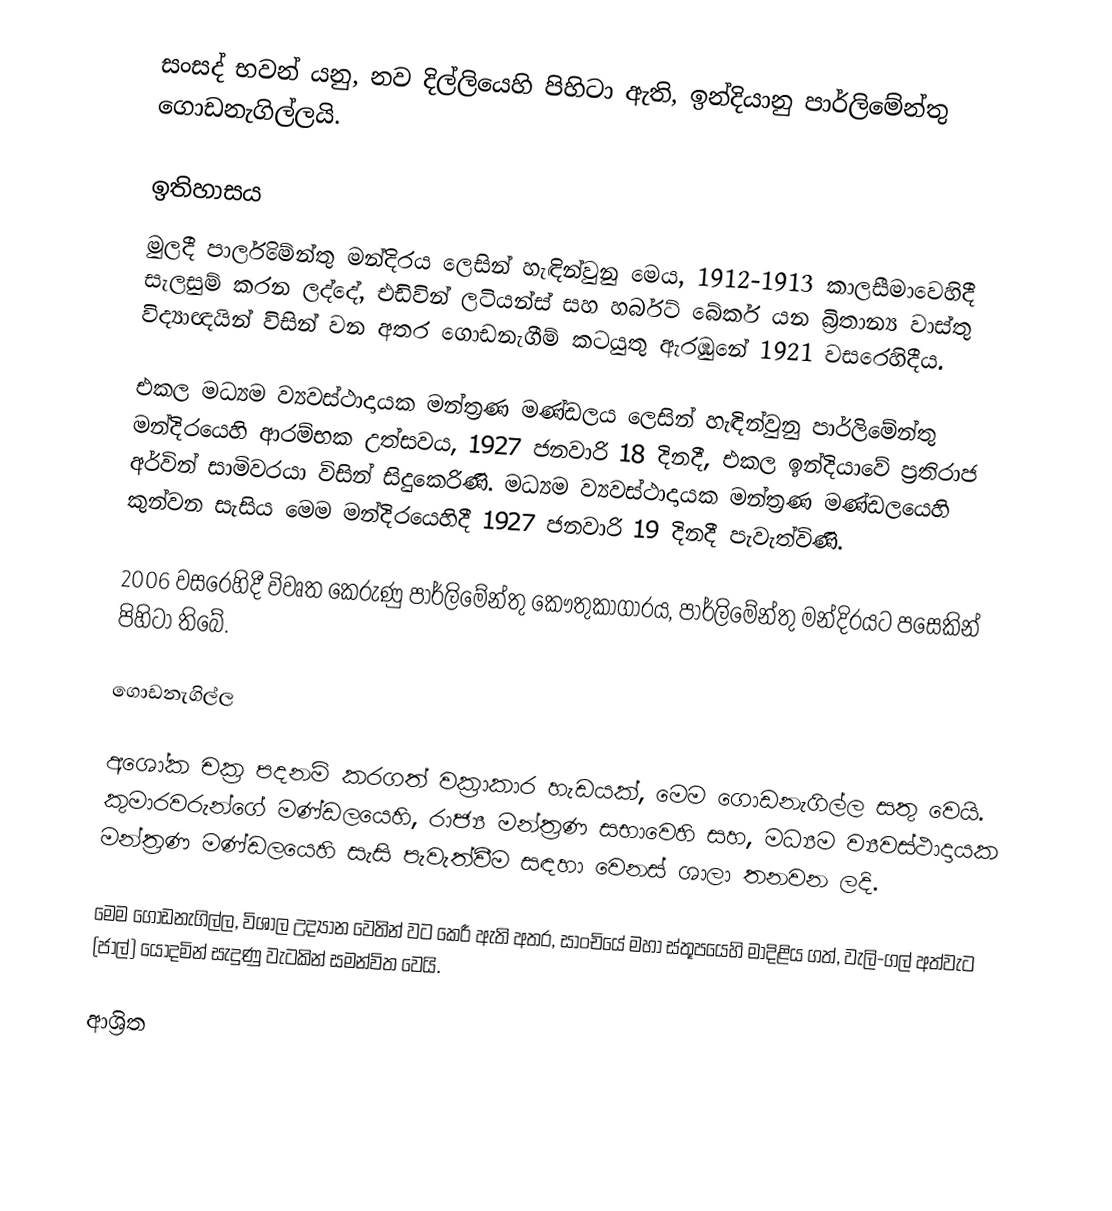
සංසද් භවන් යනු,  නව දිල්ලියෙහි පිහිටා ඇති, ඉන්දියානු පාර්ලිමේන්තු ගොඩනැගිල්ලයි.

ඉතිහාසය
මුලදී  පාර්ලිමේන්තු මන්දිරය ලෙසින් හැඳින්වුනු මෙය,  1912-1913 කාලසීමාවෙහිදී  සැලසුම් කරන ලද්දේ, එඩිවින් ලටියන්ස් සහ හර්බට් බේකර් යන බ්‍රිතාන්‍ය වාස්තු විද්‍යාඥයින් විසින් වන අතර ගොඩනැගීම් කටයුතු ඇරඹුනේ  1921 වසරෙහිදීය.

එකල මධ්‍යම ව්‍යවස්ථාදායක මන්ත්‍රණ මණ්ඩලය ලෙසින් හැඳින්වුනු පාර්ලිමේන්තු  මන්දිරයෙහි ආරම්භක උත්සවය, 1927 ජනවාරි 18 දිනදී, එකල ඉන්දියාවේ ප්‍රතිරාජ අර්වින් සාමිවරයා විසින් සිදුකෙරිණි. මධ්‍යම ව්‍යවස්ථාදායක මන්ත්‍රණ මණ්ඩලයෙහි කුන්වන සැසිය මෙම මන්දිරයෙහිදී  1927 ජනවාරි 19 දිනදී පැවැත්විණි.

2006 වසරෙහිදී විවෘත කෙරුණු පාර්ලිමේන්තු කෞතුකාගාරය, පාර්ලිමේන්තු මන්දිරයට පසෙකින් පිහිටා තිබේ.

ගොඩනැගිල්ල

අශෝක චක්‍ර පදනම් කරගත් වක්‍රාකාර හැඩයක්, මෙම ගොඩනැගිල්ල සතු වෙයි.  කුමාරවරුන්ගේ මණ්ඩලයෙහි,  රාජ්‍ය මන්ත්‍රණ සභාවෙහි සහ,  මධ්‍යම ව්‍යවස්ථාදායක මන්ත්‍රණ මණ්ඩලයෙහි සැසි පැවැත්වීම සඳහා වෙනස් ශාලා තනවන ලදි.

මෙම ගොඩනැගිල්ල, විශාල උද්‍යාන වෙතින් වට කෙරී ඇති අතර, සාංචියේ මහා ස්තූපයෙහි මාදිළිය ගත්, වැලි-ගල් අත්වැට (ජාල්) යොදමින් සැදුණු වැටකින් සමන්විත වෙයි.

ආශ්‍රිත